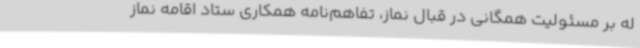
له بر مسئولیت همگانی در قبال نماز، تفاهم‌نامه همکاری ستاد اقامه نماز